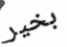
بخير